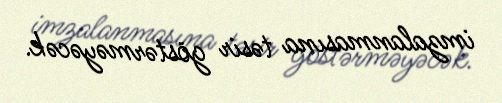
imzalanmasına təsir göstərməyəcək.